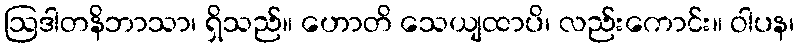
ဩဒါတနိဘာသာ၊ ရှိသည်။ ဟောတိ သေယျထာပိ၊ လည်းကောင်း။ ဝါပန၊